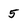
Character: 5